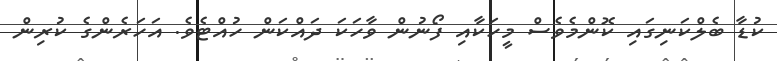
ކުޑާ ބެލްކަނިގައި ކޮންމެވެސް މީހަކާއި ފޯނުން ވާހަކަ ދައްކަން ހުއްޓެވެ. އަހަރެންގެ ކުރިން